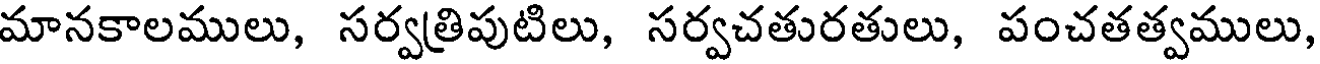
మానకాలములు, సర్వత్రిపుటిలు, సర్వచతురతులు, పంచతత్వములు,